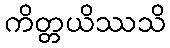
ကိတ္တယိဿသိ